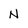
Character: N